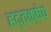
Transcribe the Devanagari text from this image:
हद्तक्षेप